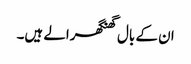
ان کے بال گھنگھرالے ہیں۔